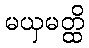
မယှမတ္ထိ